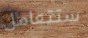
ستتعامل